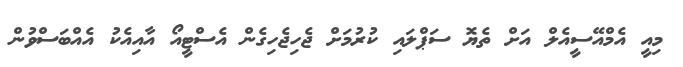
މިއީ އެމްއޭސީއެލް އަށް ތެޔޮ ސަޕްލައި ކުރުމަށް ޖެހިޖެހިގެން އެސްޓީއޯ އާއިއެކު އެއްބަސްވުން